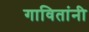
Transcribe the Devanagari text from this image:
गावितांनी